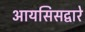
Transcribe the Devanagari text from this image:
आयसिसद्वारे